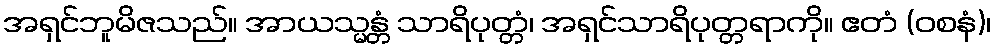
အရှင်ဘူမိဇသည်။ အာယသ္မန္တံ သာရိပုတ္တံ၊ အရှင်သာရိပုတ္တရာကို။ ဧတံ (ဝစနံ)၊